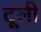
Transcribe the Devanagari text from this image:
टूली